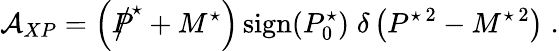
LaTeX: {\cal A}_{XP}=\left(P\! \! \! \! \mathrm{\large/}^{\star}+M^{\star}\right)\, \mathrm{sign}(P_{0}^{\star})\; \delta\left(P^{\star\, 2}-M^{\star\, 2}\right)\; .